Report on the Civil Veterinary Department, Eastern Bengal and Assam - 1907-1911
Year: 1907
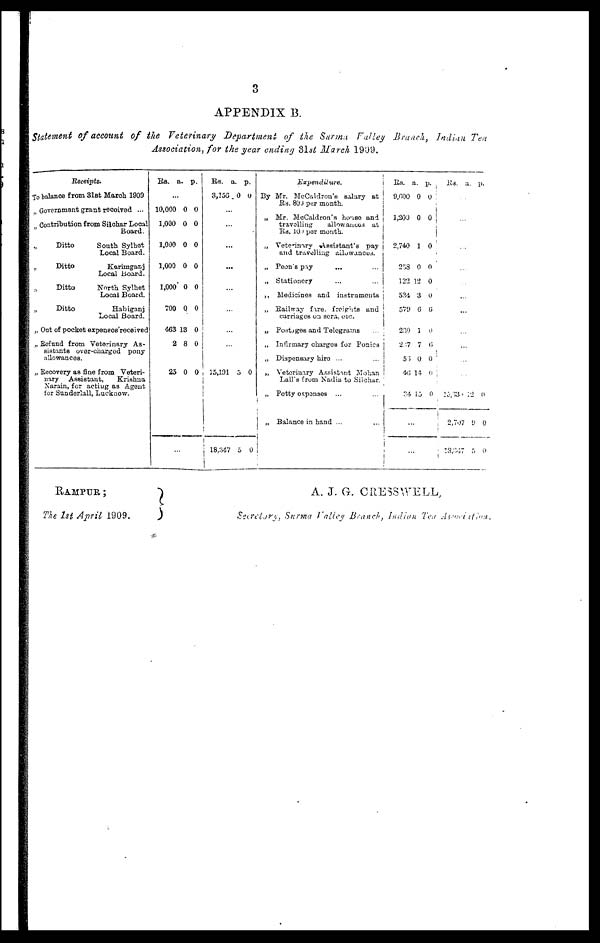
3
APPENDIX B.
Statement of account of the Veterinary Department of the Surma Valley Branch, Indian Tea
Association, for the year ending 31st March 1909.
Receipts.
To balance from 31st March 1909
„ Government grant received ...
„ Contribution from Silchar Local
Board.
„ Ditto
South Sylhet
Local Board.
„ Ditto
Karimganj
Local Board.
„ Ditto
North Sylhet
Local Board.
„ Ditto
Hahiganj
Local Board.
„ Out of pocket expeneses received
„ Refund from Veterinary As-
sistants over-charged pony
allowances.
„ Recovery as fine from Veteri-
nary Assistant,
Krishna
Narain, for acting as Agent
for Sunderlall, Lucknow.
Rs. a. p.
…
10,000 0 0
1,000 0 0
1,000 0 0
1,000 0 0
1,000 0 0
700 0 0
463 13 0
2 8 0
25 0 0
Rs. a. p.
3,156 0 0
...
…
…
…
…
…
…
…
15,131 5 0
|
18,347 5 0
Expenditure.
By Mr. McCaldron's salary at
Rs. 800 per month.
„ Mr. McCaldron's horse and
travelling
allowances at
Rs. 100 per month.
„ Veterinary Assistant's pay
and travelling allowances.
„ Peon's pay … …
„ Stationery … …
„ Medicines and instruments
„ Railway fare, freights and
carriages on sera, etc.
„ Postages and Telegrams
„ Infirmary charges for Ponies
„ Dispensary hiro ... …
„ Veterinary Assistant Mohan
Lall's from Nadia to Silchar.
„ Potty espenses ... …
„
Balance in hand ... …
Rs. a. p.
9,600 0 0
1,200 0 0
2,740 1 0
258 0 0
122 12 0
534 3 0
579 6 6
230 1 0
247 7 6
53 0 0
46 14 0
34 15 0
…
…
Rs. a. p.
…
…
…
…
…
…
…
…
…
…
…
15,63 32 0
2,707 9 0
13,047 5 0
RAMPUR;
The 1st April 1909.
A. J. G. CRESSYTELL,
Secretary, Surma Valley Branch,
Indian
Tea
Association.